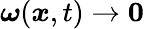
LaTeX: \boldsymbol{\omega}(\boldsymbol{x},t)\rightarrow\boldsymbol{0}